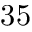
3 5